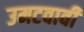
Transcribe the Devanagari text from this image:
उमटवावी